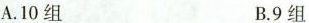
A.10组 B.9组